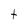
Character: t